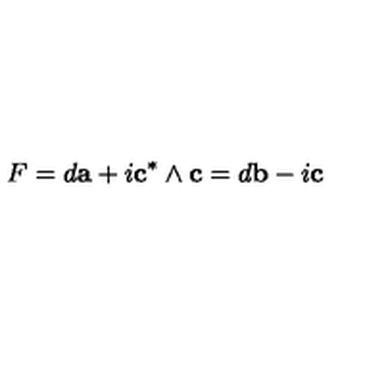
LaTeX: F = d { \bf a } + i { \bf c } ^ { * } \wedge { \bf c } = d { \bf b } - i { \bf c }